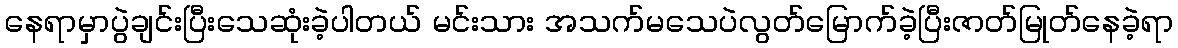
နေရာမှာပွဲချင်းပြီးသေဆုံးခဲ့ပါတယ် မင်းသား အသက်မသေပဲလွတ်မြောက်ခဲ့ပြီးဇာတ်မြုတ်နေခဲ့ရာ